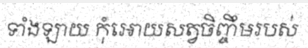
ទាំងឡាយ កុំអោយសត្វចិញ្ចឹមរបស់